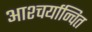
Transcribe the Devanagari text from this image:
आश्चर्यान्वित